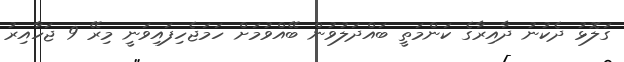
ގަލޮޅު ދެކުނު ދާއިރާގެ ކަންމަތީ ބައްދަލުވުން ބޭއްވުމަށް ހަމަޖެހިފައިވަނީ މިރޭ 9 ޖަހާއިރު